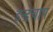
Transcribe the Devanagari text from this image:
इन्द्रचाप